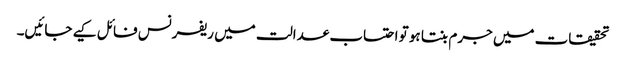
تحقیقات میں جرم بنتا ہو تو احتساب عدالت میں ریفرنس فائل کیے جائیں۔